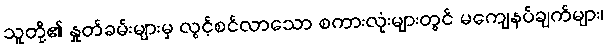
သူတို့၏ နှုတ်ခမ်းများမှ လွင့်စင်လာသော စကားလုံးများတွင် မကျေနပ်ချက်များ၊